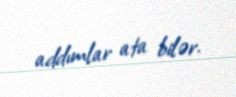
addımlar ata bilər.